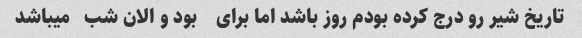
تاریخ شیر رو درج کرده بودم روز باشد اما برای    بود و الان شب   میباشد